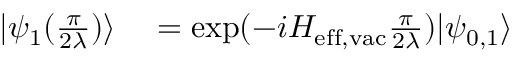
\begin{array} { r l } { | \psi _ { 1 } ( \frac { \pi } { 2 \lambda } ) \rangle } & { { } = \mathrm { e x p } ( - i H _ { \mathrm { e f f , v a c } } \frac { \pi } { 2 \lambda } ) | \psi _ { 0 , 1 } \rangle } \end{array}